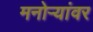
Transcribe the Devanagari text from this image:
मनोऱ्यांवर